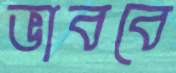
ভাববে